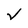
Character: V